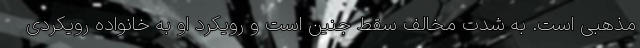
مذهبی است. به شدت مخالف سقط جنین است و رویکرد او به خانواده رویکردی